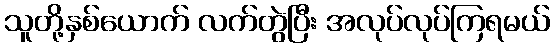
သူတို့နှစ်ယောက် လက်တွဲပြီး အလုပ်လုပ်ကြရမယ်